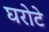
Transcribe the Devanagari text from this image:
घरोटे